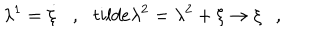
\lambda ^ { 1 } = \dot { \xi } \ \ \ , \ \ \, t i l d e { \lambda } ^ { 2 } = \lambda ^ { 2 } + \xi \rightarrow \xi \ \ \ ,